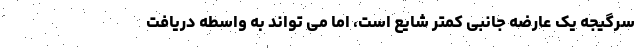
سرگیجه یک عارضه جانبی کمتر شایع است، اما می تواند به واسطه دریافت